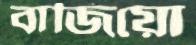
বাজিয়ো